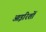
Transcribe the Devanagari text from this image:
आइरिशों